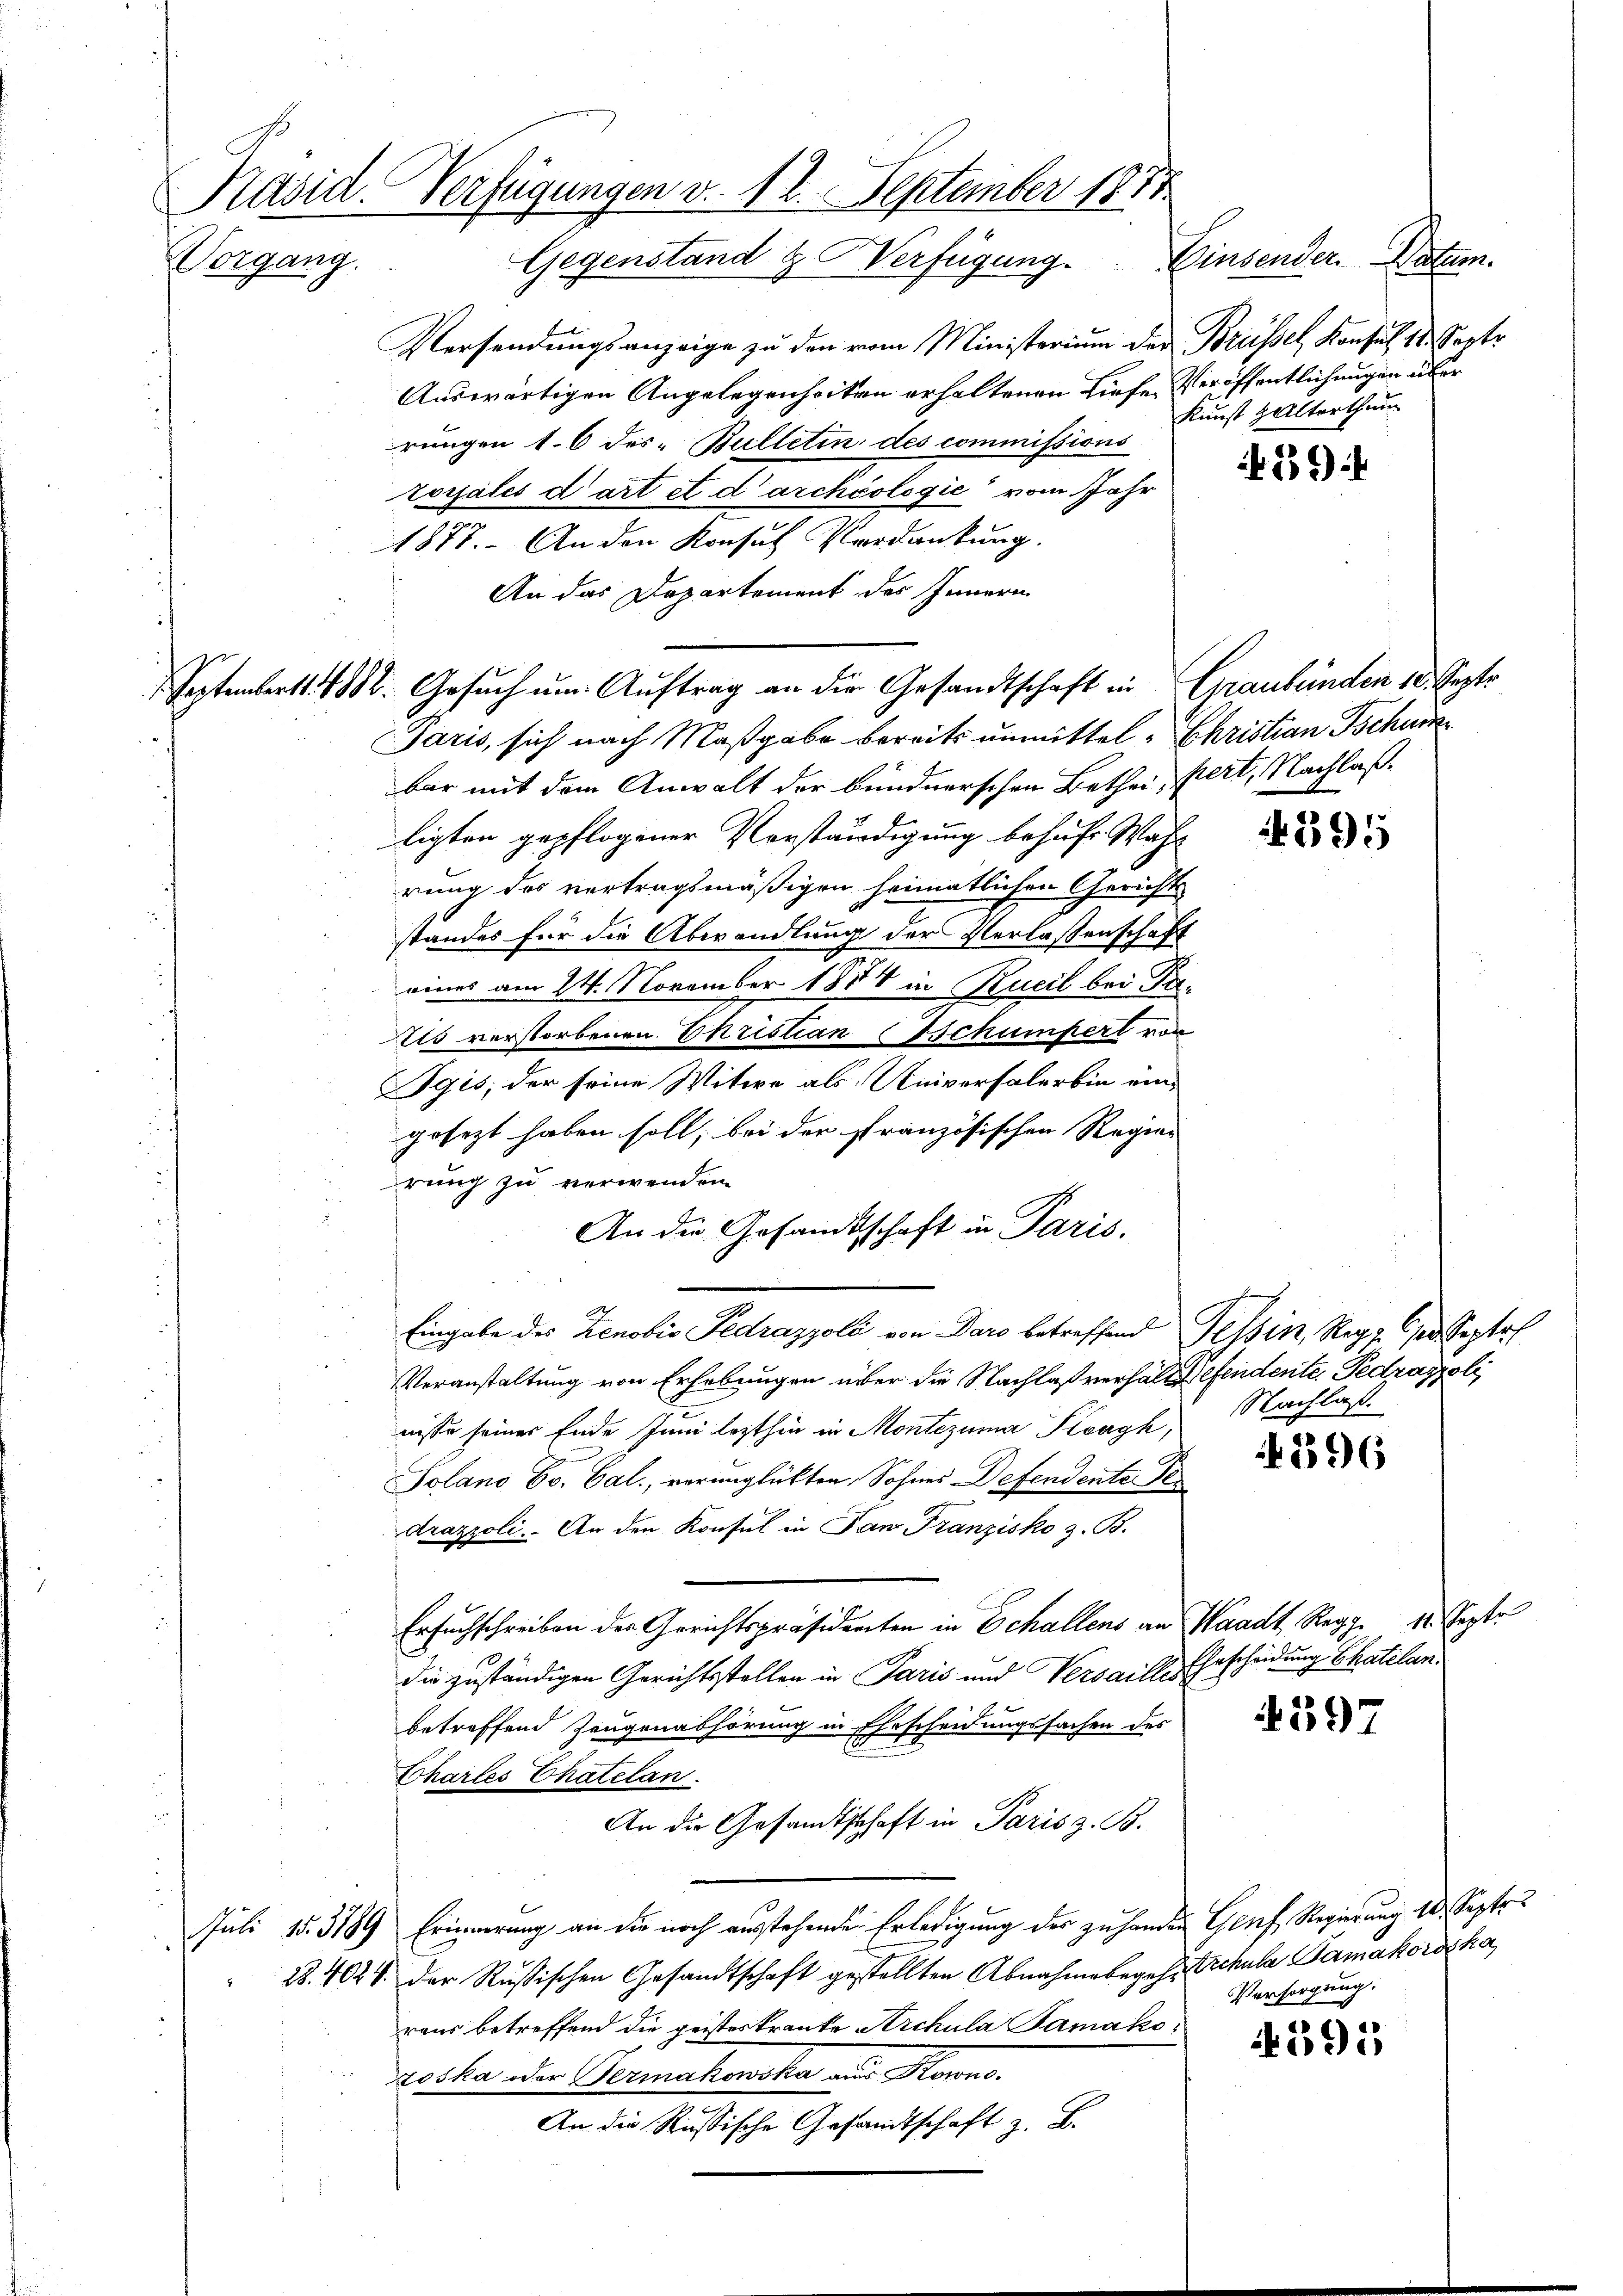
Päsid. Verfügungen v. 12. September 1874
Gegenstand & Verfügung.
Einsender Paten.
Vorgang.

Versendungsanzeige zu den vom Ministerium der Brüssel, Konsul 11. Septe
Auswärtigen Angelegenheiten erhaltenen Liefe Veröffentlichungen über
rungen 1. 6 des. Bulletin des commissions
zorsales dart et darchéologie vom Jahr
1877. An den Konsul Verdankung.
An das Departement des Innern

bar mit dem Anwalt der bundnerschen Bethei- pert, Nachlaß
ligten gepflogener Vorständigung behufs Wahl
rung des vertragsmäßigen heimatlichen Gericht
standes für die Abwandlung der Verlassenschaft
eines am 24. November 1884 in Bueil bei Ta¬
Als verstorbenen Christian Schumpert von
gis, der seine Witwe als Universalerbin eine
gesezt haben soll, bei der französischen Regier
rung zu verwenden
An die Gesamtschaft in Paris
Eingabe des Zenobis Pedrazzoli von Daro betreffend Tessin, Reg. Oser Septe
Veranstaltung von Erhebungen über die Nachlaßverhält defendente Fedraspoli
nisse seiner Ende Juni lezthin in Montezuma Kloagh,
Solano Co. Cal., verunglückten Sohnes Defendente Pe
drazpoli. An den Konsul in San Franzisko z. B.
Ersuchschreiben der Gerichtspräsidenten in Schallens an Waadt Regg. 12. Septe
die zuständigen Gerichtsstellen in Paris und Versaille Ehrscheidung Schatelanbetreffend Zeugenabhörung in Ehescheidungssachen des
Chartes Thatelan
An die Gesandtschaft in Paris z. B.
Juli 15. 3189 Erinnerung an die noch ausstehende Erledigung des zu handen Genf Regierung 10. Septe
28. 402 S. der Russischen Gesandtschaft gestellten Abnahmebegehrtrchula Samakoroska
raus betreffend die geisteskranke Archula Samakozoska oder Termakowska aus Korno.
An die Russische Gesandtschaft z. B.

Septembert. 418. Gesuch um Auftrag an die Gesandtschaft in Graubünden 10. Septe
Paris, sich nach Maßgabe bereits unmittel - Christian Tschun

Kunst Halterthum

29)

395

Nachlaß.

4896

4397

4395

Versorgung.